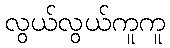
လွယ်လွယ်ကူကူ